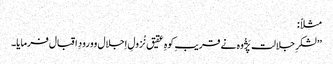
مثلاً :
’’لشکرِ جلالت پَژُوہ نے قریبِ کوہِ عقیق نُزولِ اِجلال وورودِ اقبال فرمایا۔